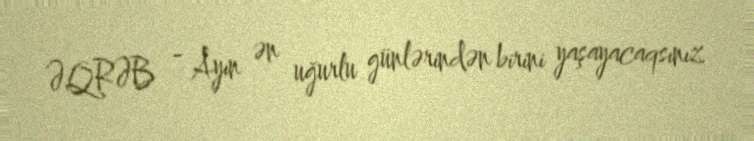
ƏQRƏB - Ayın ən uğurlu günlərindən birini yaşayacaqsınız.